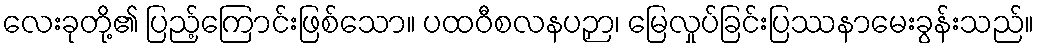
လေးခုတို့၏ ပြည့်ကြောင်းဖြစ်သော။ ပထဝီစလနပဉှာ၊ မြေလှုပ်ခြင်းပြဿနာမေးခွန်းသည်။